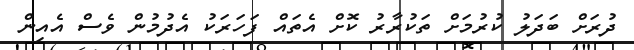
ދުރަށް ބަދަލު ކުރުމަށް ތަކުރާރު ކޮށް އެތައް ފަހަރަކު އެދުމުން ވެސް އެއިން